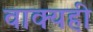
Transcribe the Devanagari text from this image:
वाक्यही